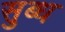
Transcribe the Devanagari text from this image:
सुब्ध